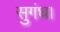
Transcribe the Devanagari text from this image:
सुगंध।